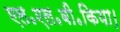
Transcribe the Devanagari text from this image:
एल॰एल॰बी॰किया।